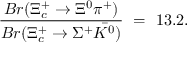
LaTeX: \frac { B r ( \Xi _ { c } ^ { + } \rightarrow \Xi ^ { 0 } \pi ^ { + } ) } { B r ( \Xi _ { c } ^ { + } \rightarrow \Sigma ^ { + } \bar { K ^ { 0 } } ) } ~ = ~ 1 3 . 2 .